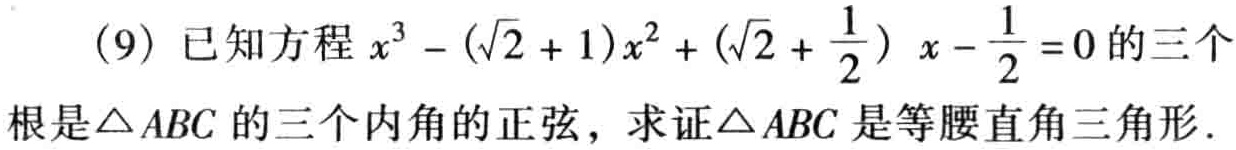
(9) 已知方程 \(x^{3}-(\sqrt{2} + 1)x^{2}+(\sqrt{2}+\frac{1}{2})x-\frac{1}{2} = 0\) 的三个根是\(\triangle ABC\) 的三个内角的正弦，求证\(\triangle ABC\) 是等腰直角三角形.